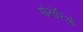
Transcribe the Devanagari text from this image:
पोलेरिओ